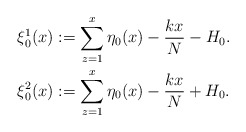
\begin{align*} \xi_{0}^1(x)&:=\sum_{z=1}^x \eta_0(x)-\frac{kx}{N}-H_0. \\ \xi_{0}^2(x)&:=\sum_{z=1}^x \eta_0(x)-\frac{kx}{N}+H_0. \end{align*}